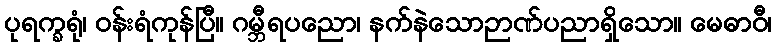
ပုရက္ခရုံ၊ ဝန်းရံကုန်ပြီ။ ဂမ္ဘီရပညော၊ နက်နဲသောဉာဏ်ပညာရှိသော။ မေဓာဝီ၊